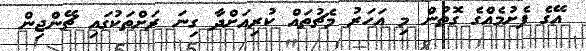
އޭގެ ފެށުމެއްގެ ގޮތުން މި އަހަރު މެޗުތައް ކުރިއަށްދާ ގިނަ ރަށްތަކުގައި ޗޭންޖިން